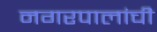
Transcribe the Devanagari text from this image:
नगरपालांची